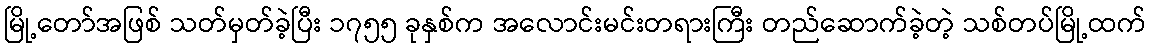
မြို့တော်အဖြစ် သတ်မှတ်ခဲ့ပြီး ၁၇၅၅ ခုနှစ်က အလောင်းမင်းတရားကြီး တည်ဆောက်ခဲ့တဲ့ သစ်တပ်မြို့ထက်